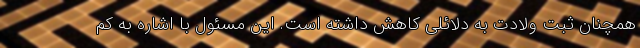
همچنان ثبت ولادت به دلائلی کاهش داشته است. این مسئول با اشاره به کم